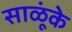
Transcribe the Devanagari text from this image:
साळूंके